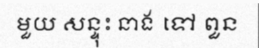
មួយ សន្ទុះ នាង ទៅ ពួន